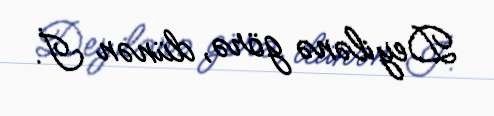
Deyilənə görə, dünən İ.